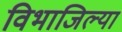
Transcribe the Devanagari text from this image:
विभाजिल्या